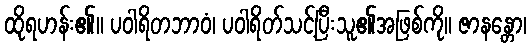
ထိုရဟန်း၏။ ပဝါရိတဘာဝံ၊ ပဝါရိတ်သင့်ပြီးသူ၏အဖြစ်ကို။ ဇာနန္တော၊